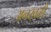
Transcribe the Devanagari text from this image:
अनखळी